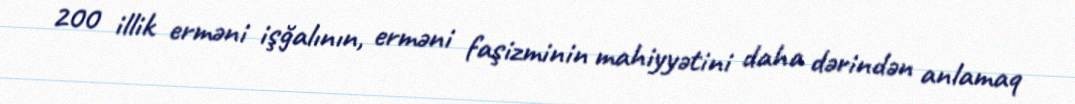
200 illik erməni işğalının, erməni faşizminin mahiyyətini daha dərindən anlamaq